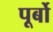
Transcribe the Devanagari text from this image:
पूर्बो